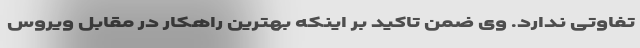
تفاوتی ندارد. وی ضمن تاکید بر اینکه بهترین راهکار در مقابل ویروس